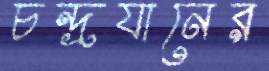
চন্দ্রযানের